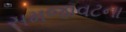
સમજાવટના